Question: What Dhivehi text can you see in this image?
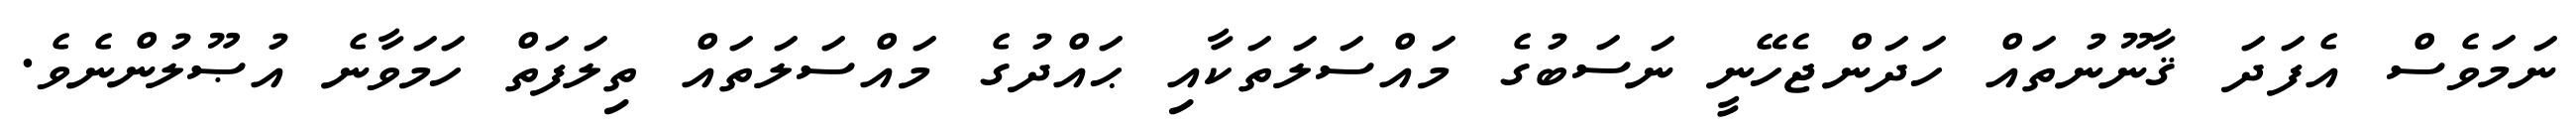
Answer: ނަމަވެސް އެފަދަ ޤާނޫނުތައް ހަދަންޖެހޭނީ ނަސަބުގެ މައްސަލަތަކާއި ޙައްދުގެ މައްސަލަތައް ތިލަފަތް ހަމަވާނެ އުޞޫލުންނެވެ.